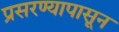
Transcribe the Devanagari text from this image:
प्रसरण्यापासून